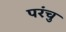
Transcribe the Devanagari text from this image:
परंचु